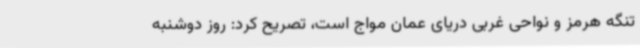
تنگه هرمز و نواحی غربی دریای عمان مواج است، تصریح کرد: روز دوشنبه